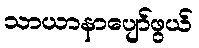
သာယာနာပျော်ဖွယ်